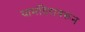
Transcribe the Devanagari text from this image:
यामंदिरावरून